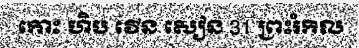
កោះ ហិប វើន សៀន 31 ព្រះរំកិល